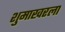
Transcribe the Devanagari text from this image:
शुमाखरला